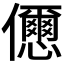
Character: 𠑓